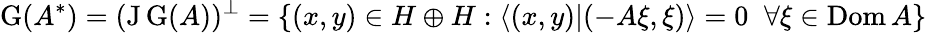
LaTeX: \operatorname{G}(A^{*})=(\operatorname{J}\operatorname{G}(A))^{\perp}=\{ (x,y)\in H\oplus H:\langle(x,y)|(-A\xi,\xi)\rangle=0\; \; \forall\xi\in\operatorname{Dom}A\}